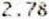
2.78